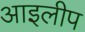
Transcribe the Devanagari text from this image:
आइलीप